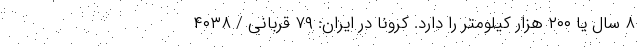
۸ سال یا ۲۰۰ هزار کیلومتر را دارد. کرونا در ایران: ۷۹ قربانی / ۴۰۳۸